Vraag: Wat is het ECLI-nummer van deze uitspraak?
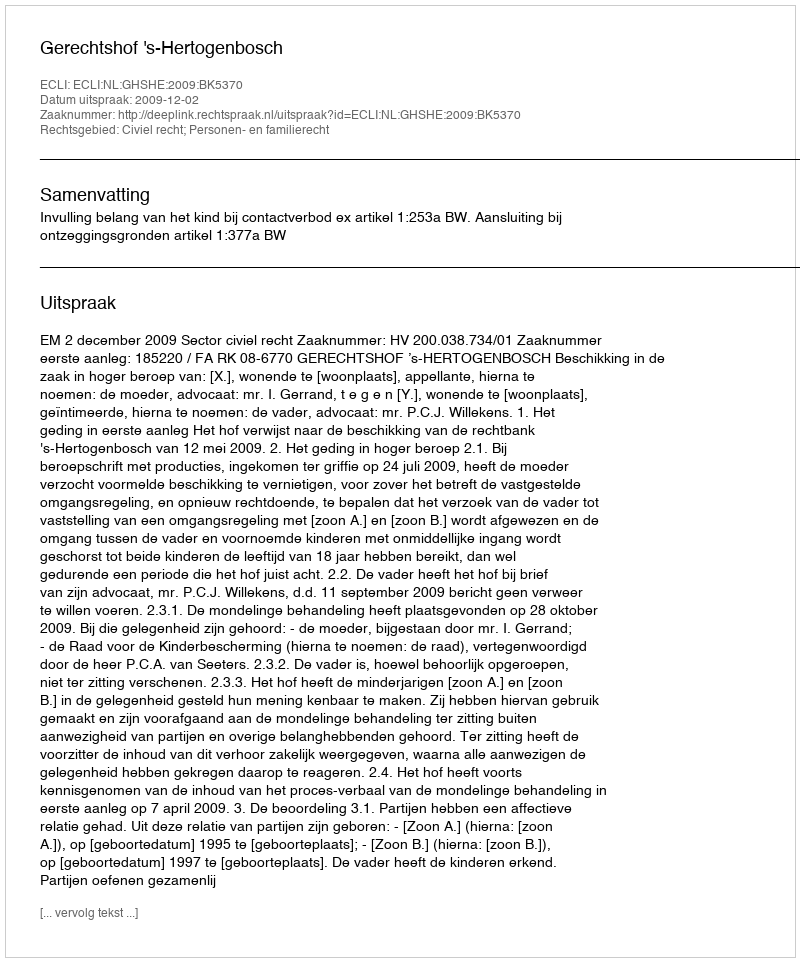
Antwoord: ECLI:NL:GHSHE:2009:BK5370